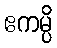
ဧကမ္ပိ